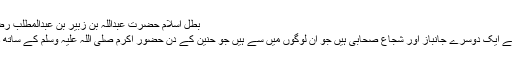
بطل اسلام حضرت عبداللہ بن زبیر بن عبدالمطلب رضی اللہ عنہ​
یہ اس نام کے ایک دوسرے جانباز اور شجاع صحابی ہیں جو ان لوگوں میں سے ہیں جو حنین کے دن حضور اکرم صلی اللہ علیہ وسلم کے ساتھ ڈٹے رہے ۔